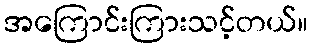
အကြောင်းကြားသင့်တယ်။